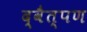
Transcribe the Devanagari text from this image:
द्वैत्पण